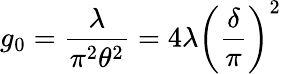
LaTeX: g_{0}={\frac{\lambda}{\pi^{2}\theta^{2}}}=4\lambda\left(\frac{\delta}{\pi}\right)^{2}